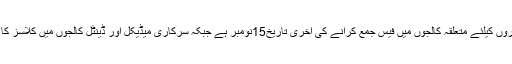
منتخب ہونے والے امیدواروں کیلئے متعلقہ کالجوں میں فیس جمع کرانے کی آخری تاریخ15نومبر ہے جبکہ سرکاری میڈیکل اور ڈینٹل کالجوں میں کلاسز کا آغاز 18نومبر سے ہوگا۔